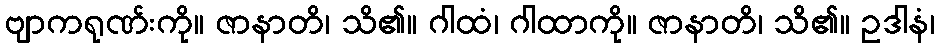
ဗျာကရုဏ်းကို။ ဇာနာတိ၊ သိ၏။ ဂါထံ၊ ဂါထာကို။ ဇာနာတိ၊ သိ၏။ ဥဒါနံ၊